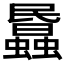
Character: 𧓹